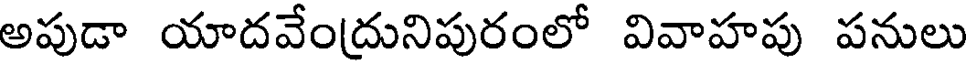
అపుడా యాదవేంద్రునిపురంలో వివాహపు పనులు